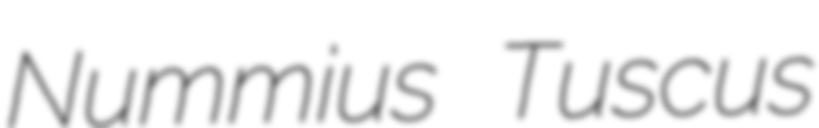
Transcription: Nummius Tuscus